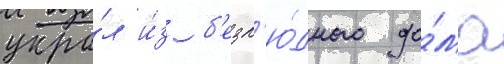
укра́л и́з б'езл'ю́дного до́ма